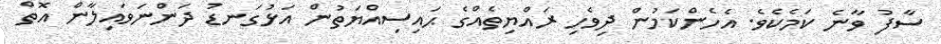
ސާފު ވާނެ ކަމެކެވެ. އެހެންކަމުން ދިވެހި ރައްޔިތެއްގެ ޙައިސިއްޔަތުން އަޅުގަނޑު ދަންނަވައިލާން އޮތް